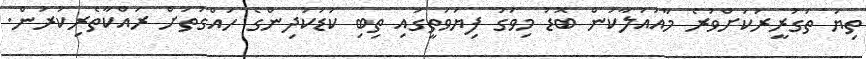
ތިޔަ ތަގުރީރަކަށްވުރެ މާއައުލާކަން ބޮޑު މިވަގު ފިޔަވަތީގައި ތިބި ކުޑަކުދިންގެ ހައްގުތަށް ރައްކާތެރިކުރުން.